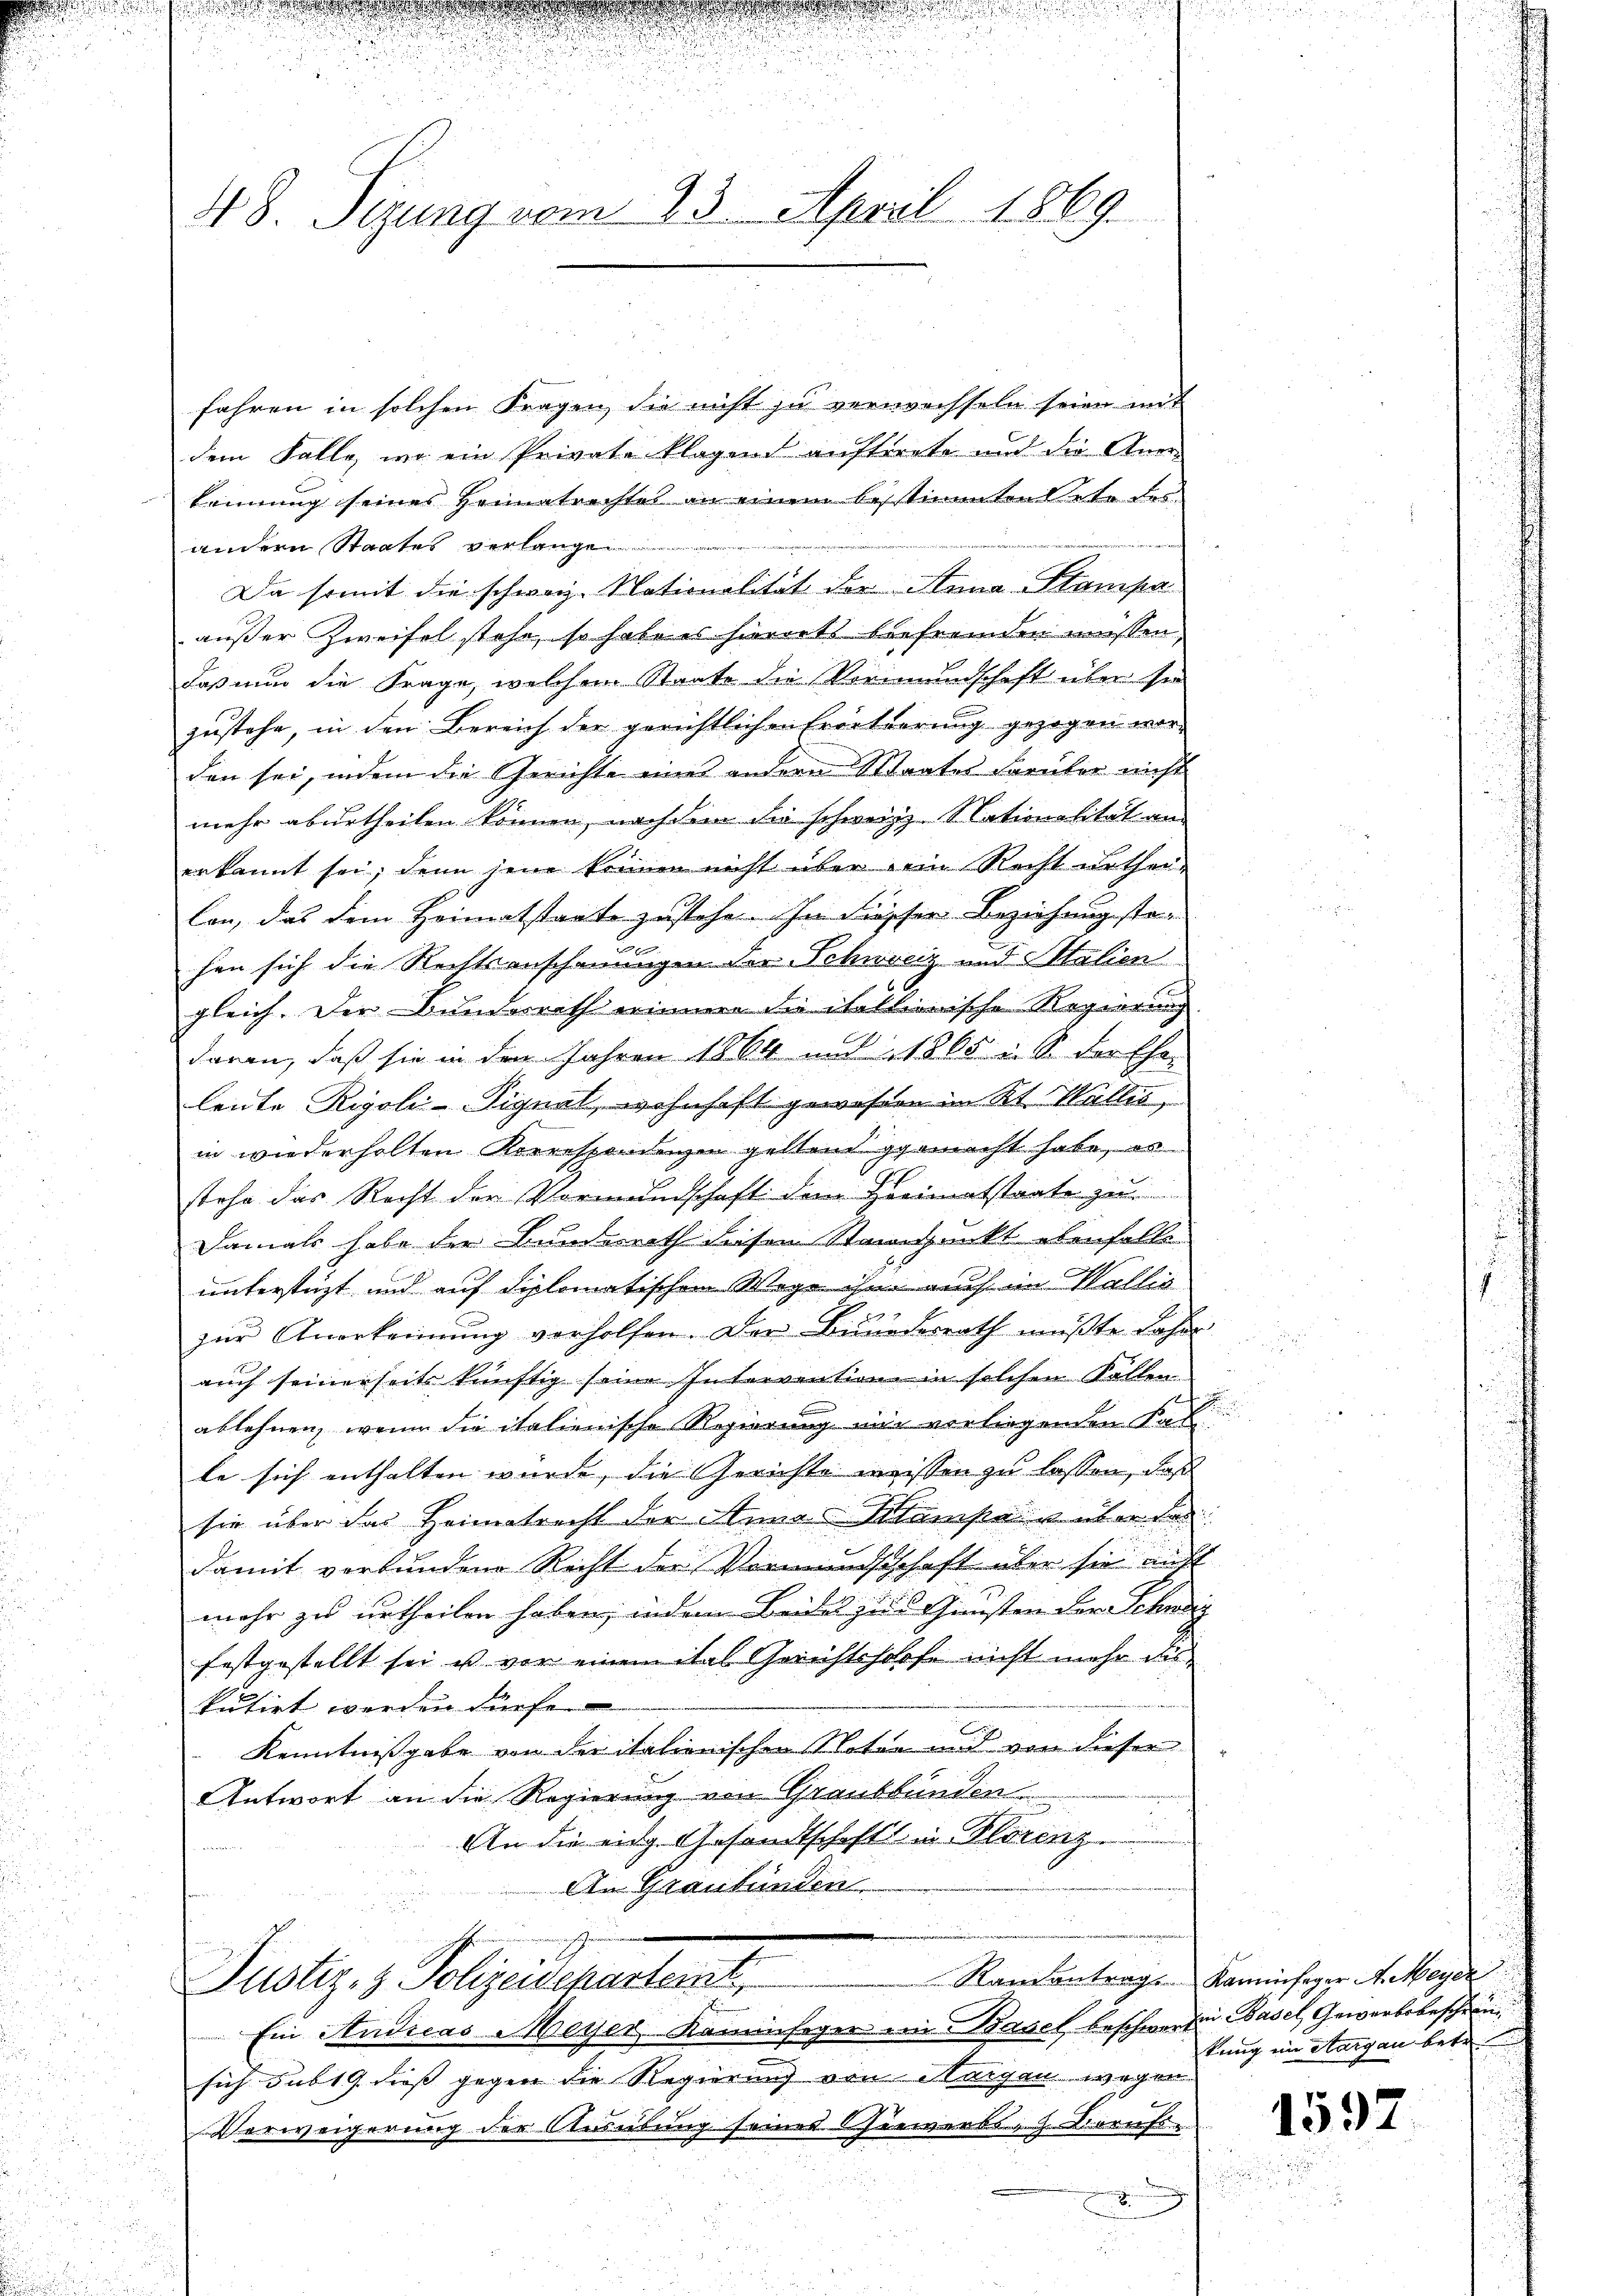
48 Tigung vom 23. April 1869.

fahren in solchen Fragen, die nicht zu verweisseln seien mit
dem Falle, wo ein Private klagend auftrete und die Anerkennung seines Heimatrichtes an einem besstimmtendete des
andern Staates verlange
Da somit die schweiz. Nationalität der Anna Stampa
außer Zweifel stehe, so habe es hierorts befremden müssen.
daß nun die Frage, welchem Staate die Vormundschaft über sie
zustehe, in den Bereich der gerichtlichen Erörterung gezogen worden sei, indem die Gerichte eines andern Staates darüber nicht
mehr aburtheilen können, nach dem die schweiz. Nationalität an
erkannt sei, denn jene kennen nicht über ein Recht urthei-
lan, das dem Heimatstaate zustehe. In diesser Beziehung stehen sich die Rechtsanschauungen der Schweiz und Stalien
gleich. Der Bunderrath erinnen die italtionische Regierung
daran, daß sie in den Jahren 1864 mit 1865 : S. der Ehe
leute Rigolei-Pignat, wohnhaft gewesen im Kt. Wallis,
in wiederholten Korrespondenzen gelten gemacht habe, es
stehe das Recht der Vormundschaft dem Heimatstaate zu
Damals habe die Bunderath diesen Standpunkt ebenfalls
unterstüzt und auf diplomatischen Wege ihn auch im Wallis
e
zur Anerkennung verholfen. Der Bundesrath müßte daher
auch seinerseit künftig seine Intervention in solchen Fallen
ablehnen, wenn die italienische Regierung mir vorliegenden Sali
le sich enthalten wurde, die Gerichte weissen zu lassen, daß
sie über das Heimatracht der Annas Samstag über den
damit verbunden Recht der Vormundschaft über sie nicht
mehr zu urtheilen haben, indem Beiles zu Gunsten der Schwag
festgestellt sei u vor einem das Gerichtshoffe nicht mehr dies
kutirt werden dürfe.
Kenntnissgabe von der italionischen Kloten und von dieser
Antwort an die Regierung von Graubünden
An die eidg. Gesandtschaft in Florenz
An Graubünden

Justiz- & Polizeidepartenst,

Ein Studieas Meyer Kaminfeger in Basel beschwertei Basel, Gewerbsbeschein
sich sub 19 dieß gegen die Regierung von Aargau wegen
Verweigerung der Ausübung seines Chiewerks, 2. Dierufs-
b

Ramantrag Kaminfeger A. Meyer
kung ein Aargau betr.

1597